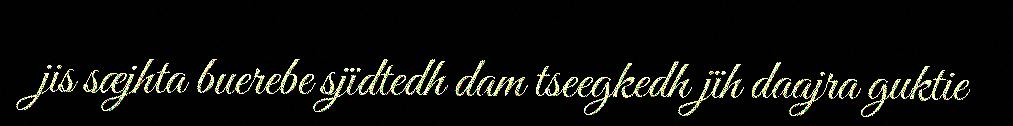
jis sæjhta buerebe sjïdtedh dam tseegkedh jïh daajra guktie